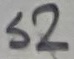
Text: S2